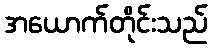
အယောက်တိုင်းသည်